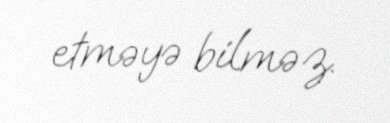
etməyə bilməz.